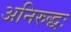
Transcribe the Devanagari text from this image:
अनिरुद्धः